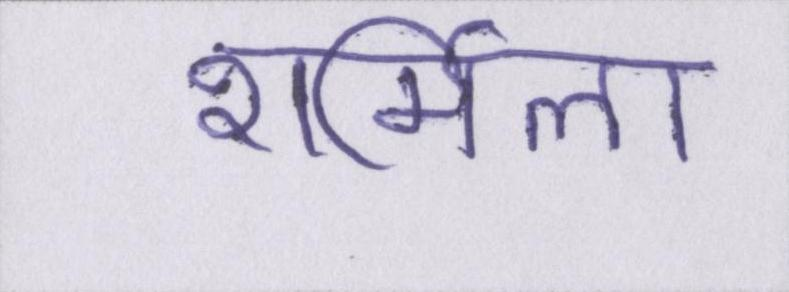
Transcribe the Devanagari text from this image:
शर्मिला